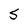
Character: 5